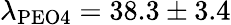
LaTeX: \lambda_{\mathrm{PEO4}}=38.3\pm 3.4